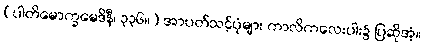
(ပါတိမောက္ခမေဒိနီ၊ ၃၃၆။) အာပတ်သင့်ပုံများ ကာလိကလေးပါး၌ ပြဆိုအံ့။